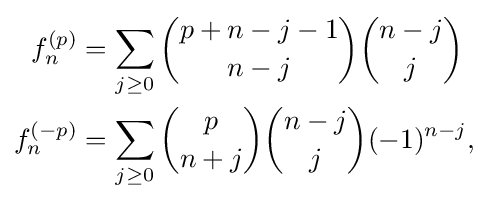
{\begin{aligned}f_{n}^{(p)}&=\sum _{j\geq 0}{\binom {p+n-j-1}{n-j}}{\binom {n-j}{j}}\\f_{n}^{(-p)}&=\sum _{j\geq 0}{\binom {p}{n+j}}{\binom {n-j}{j}}(-1)^{n-j},\end{aligned}}